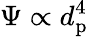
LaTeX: \Psi\propto d_{\mathrm{p}}^{4}